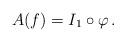
LaTeX: \begin{align*} A (f) = I_1 \circ \varphi \, .\end{align*}